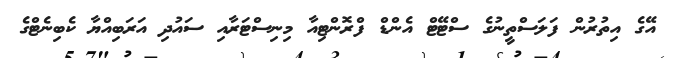
އޭގެ އިތުރުން ފަލަސްތީނުގެ ސްޓޭޓް އެންޑް ފްރޮންޓިއާ މިނިސްޓަރާއި ސައުދި އަރަބިއްޔާ ކެބިނެޓްގެ